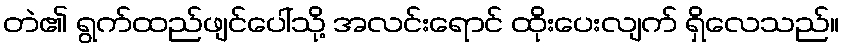
တဲ၏ ရွက်ထည်ဖျင်ပေါ်သို့ အလင်းရောင် ထိုးပေးလျက် ရှိလေသည်။